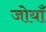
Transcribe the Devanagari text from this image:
जोयाँ